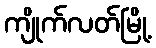
ကျိုက်လတ်မြို့